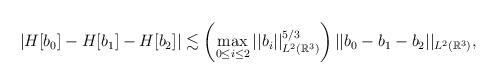
LaTeX: \begin{align*}\begin{aligned}\left| H[b_0]-H[b_1]-H[b_2]\right| &\lesssim \left(\max_{0\leq i\leq 2}||b_i||_{L^{2}(\mathbb{R}^{3})}^{5/3}\right) ||b_0-b_1-b_2||_{L^{2}(\mathbb{R}^{3}) } , \end{aligned}\end{align*}